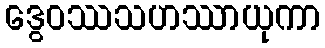
ဒွေဝဿသဟဿာယုကာ